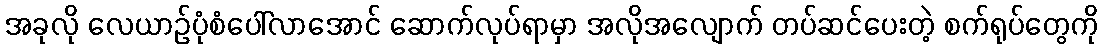
အခုလို လေယာဉ်ပုံစံပေါ်လာအောင် ဆောက်လုပ်ရာမှာ အလိုအလျောက် တပ်ဆင်ပေးတဲ့ စက်ရုပ်တွေကို